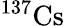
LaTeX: \mathrm{^{137}Cs}